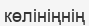
көлініңнің